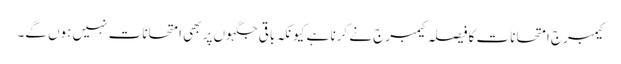
کیمبرج امتحانات کا فیصلہ کیمبرج نے کرنا ہے کیونکہ باقی جگہوں پر بھی امتحانات نہیں ہوں گے۔